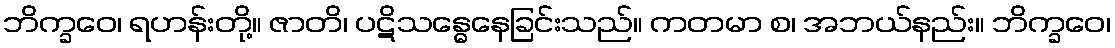
ဘိက္ခဝေ၊ ရဟန်းတို့။ ဇာတိ၊ ပဋိသန္ဓေနေခြင်းသည်။ ကတမာ စ၊ အဘယ်နည်း။ ဘိက္ခဝေ၊